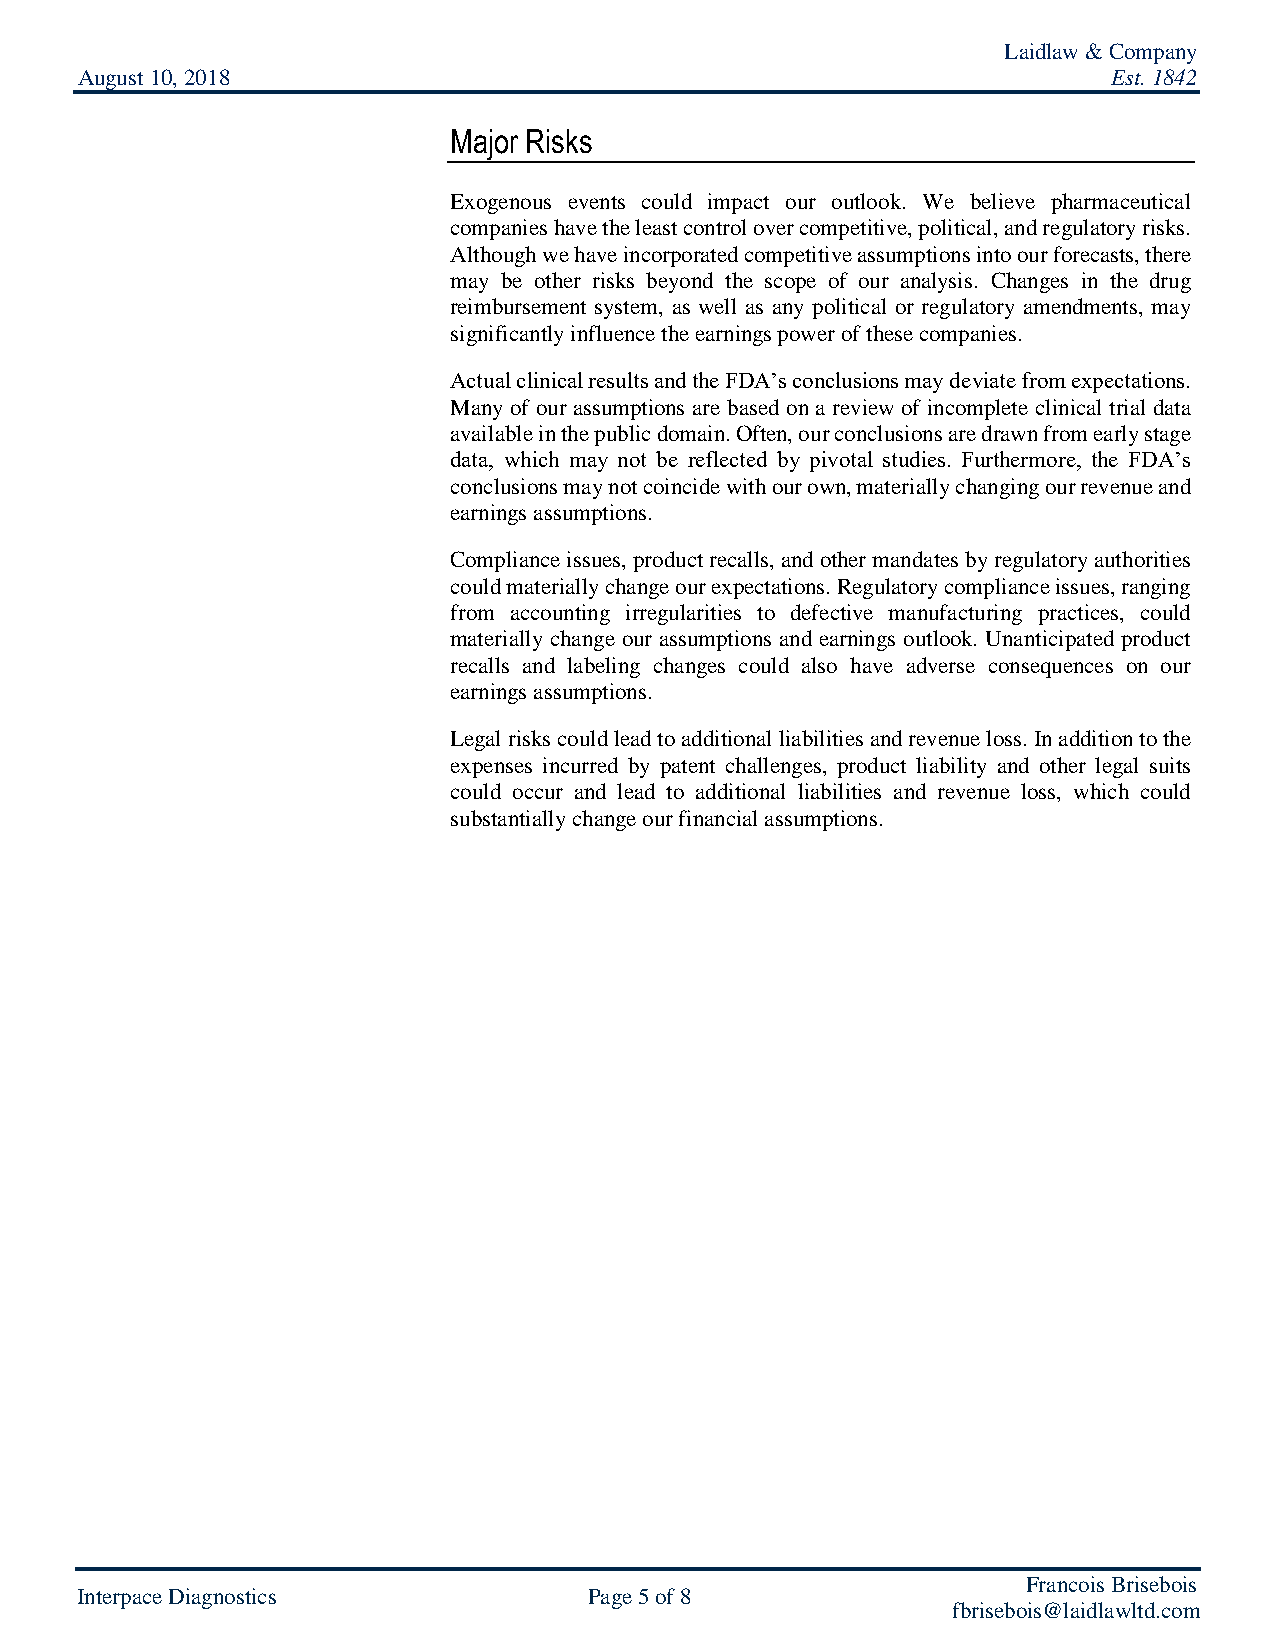
Laidlaw & Company
 August 10, 2018                                                      Est. 1842
 Major Risks
 Exogenous events could impact our outlook. We believe pharmaceutical
 companies have the least control over competitive, political, and regulatory risks.
 Although we have incorporated competitive assumptions into our forecasts, there
 may be other risks beyond the scope of our analysis. Changes in the drug
 reimbursement system, as well as any political or regulatory amendments, may
 significantly influence the earnings power of these companies.
 Actual clinical results and the FDA’s conclusions may deviate from expectations.
 Many of our assumptions are based on a review of incomplete clinical trial data
 available in the public domain. Often, our conclusions are drawn from early stage
 data, which may not be reflected by pivotal studies. Furthermore, the FDA’s
 conclusions may not coincide with our own, materially changing our revenue and
 earnings assumptions.
 Compliance issues, product recalls, and other mandates by regulatory authorities
 could materially change our expectations. Regulatory compliance issues, ranging
 from accounting irregularities to defective manufacturing practices, could
 materially change our assumptions and earnings outlook. Unanticipated product
 recalls and labeling changes could also have adverse consequences on our
 earnings assumptions.
 Legal risks could lead to additional liabilities and revenue loss. In addition to the
 expenses incurred by patent challenges, product liability and other legal suits
 could occur and lead to additional liabilities and revenue loss, which could
 substantially change our financial assumptions.
 Francois Brisebois
 Interpace Diagnostics             Page 5 of 8
 fbrisebois@laidlawltd.com